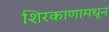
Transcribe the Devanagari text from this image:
शिरकाणामधून